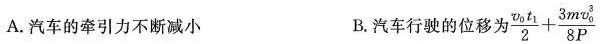
A.汽车的牵引力不断减小 B.汽车行驶的位移为 $$\frac { v _ { 0 } t _ { 1 } } { 2 } + \frac { 3 m v_ { 0 } ^ { 3 } } { 8 P}$$